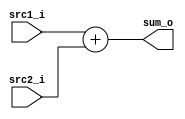
//Subject:     Architecture project 2 - Adder
//--------------------------------------------------------------------------------
//Version:     1
//--------------------------------------------------------------------------------
//Writer:      
//----------------------------------------------
//Date:        
//----------------------------------------------
//Description: 
//--------------------------------------------------------------------------------

module Adder(
    src1_i,
	src2_i,
	sum_o
	);
     
//I/O ports
input  [32-1:0]  src1_i;
input  [32-1:0]	 src2_i;
output [32-1:0]	 sum_o;

//Internal Signals
wire    [32-1:0]	 sum_o;

//Parameter
    
//Main function
	assign sum_o = src1_i + $signed(src2_i);
	
endmodule